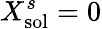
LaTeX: X_{\mathrm{sol}}^{s}=0